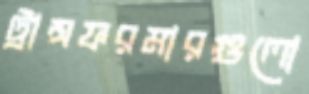
ট্রান্সফরমারগুলো